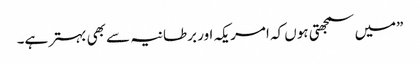
”میں سمجھتی ہوں کہ امریکہ اور برطانیہ سے بھی بہتر ہے۔